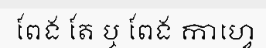
ពែង តែ ឬ ពែង កាហ្វេ